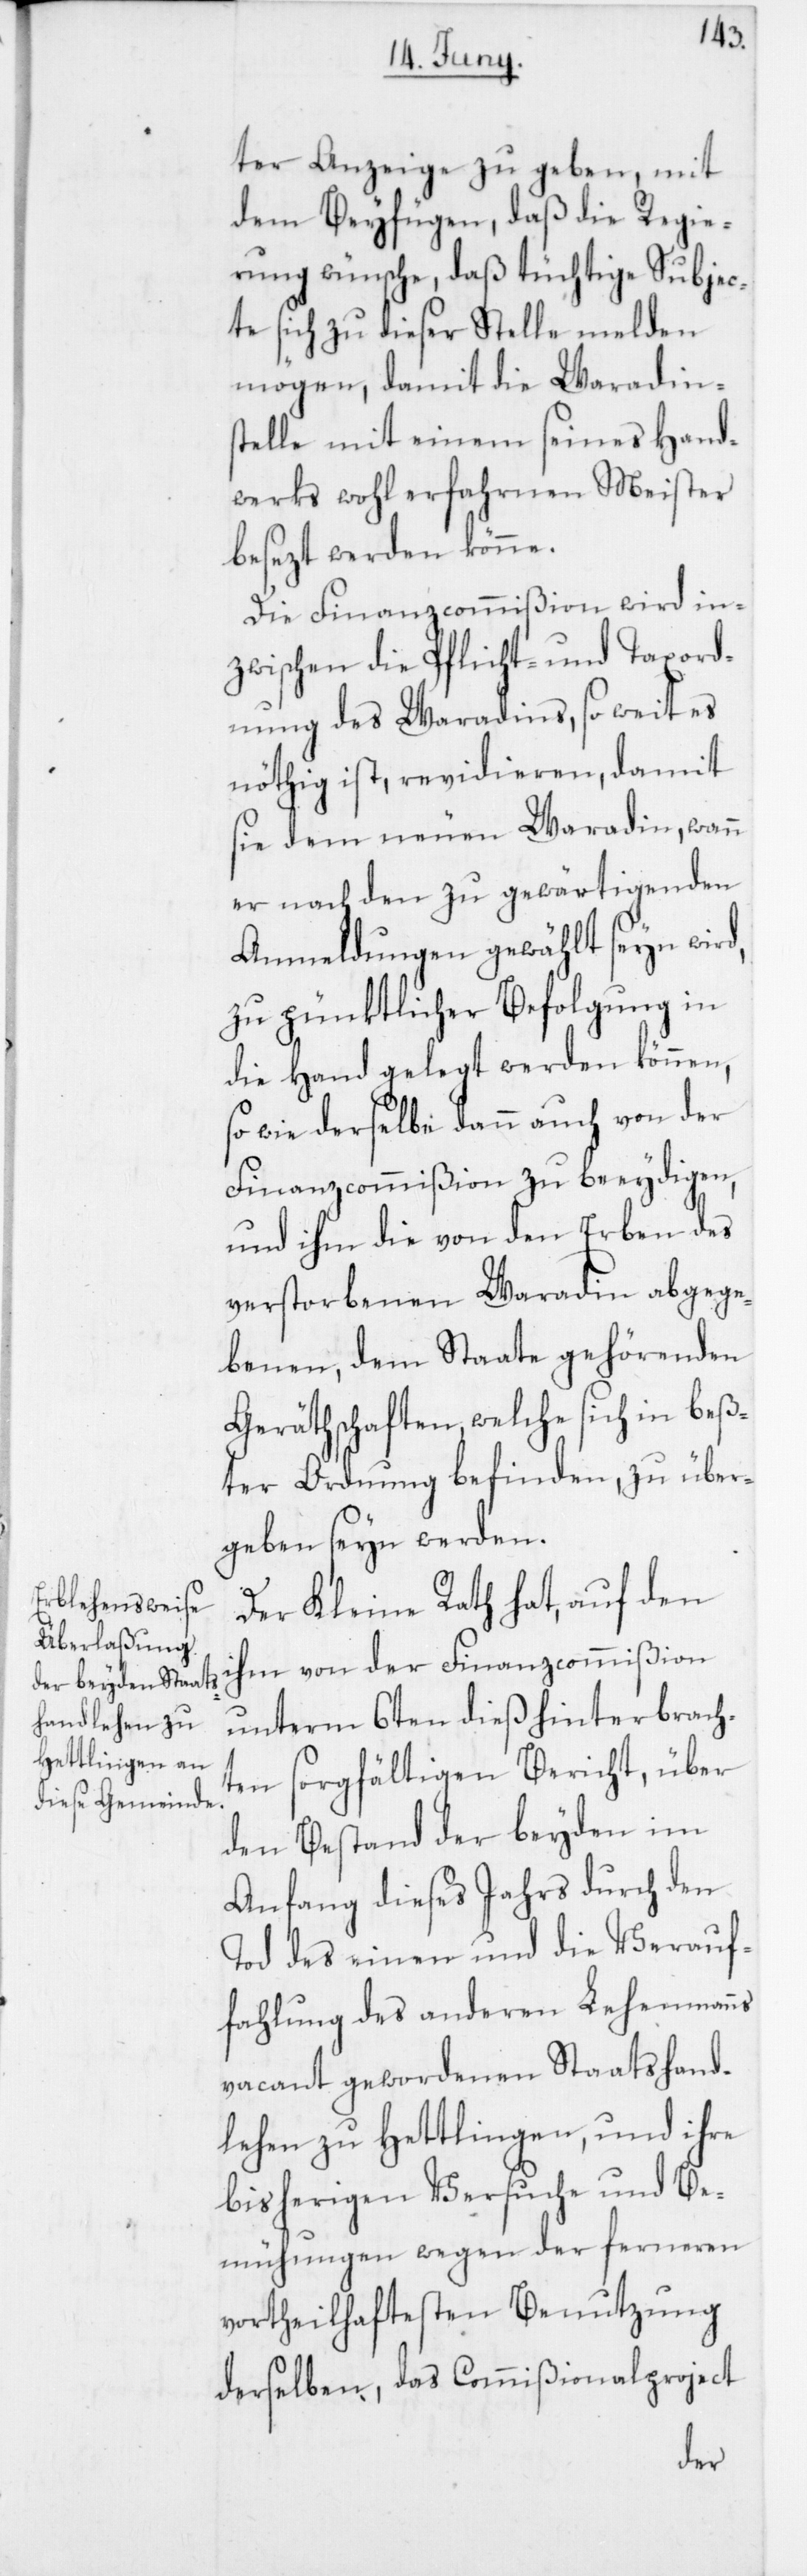
ter Anzeige zu geben, mit
dem Beyfügen, daß die Regie¬
rung wünsche, daß tüchige Subjec¬
te sich zu dieser Stelle melden
mögen, damit die Waradins¬
telle mit einem seines Hand¬
werks wohl erfahrnen Meister
besezt werden könne.
Die Finanzcommißion wird in¬
zwischen die Pflicht- und Taxord¬
nung des Waradins, so weit es
nöthig ist, revidieren, damit
sie dem neuen Waradin, wann
er nach den zu gewärtigenden
Anmeldungen gewählt seyn wird,
zu pünktlicher Befolgung in
die Hand gelegt werden können,
wie derselbe dann auch von der
Finanzcommißion zu beeydigen,
und ihm die von den Erben des
verstorbenen Waradin abgege¬
benen, dem Staate gehörenden
Geräthschaften, welche sich in beß¬
ter Ordnung befinden, zu über¬
geben seyn werden.
Der Kleine Rath hat, auf den
ihm von der Finanzcommißion
unterm 6ten dieß hinterbrach¬
ten sorgfältigen Bericht, über
den Bestand der beyden im
Anfang dieses Jahrs durch den
Tod des einen und die Verauf¬
fahlung des anderen Lehenmanns
vacant gewordenen Staatshand¬
lehen zu Hettlingen, und ihre
bisherigen Versuche und Be¬
mühungen wegen der ferneren
vortheilhaftesten Benutzung
derselben, das Commißionalproject